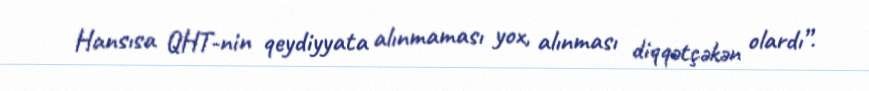
Hansısa QHT-nin qeydiyyata alınmaması yox, alınması diqqətçəkən olardı”.